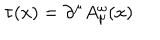
LaTeX: \tau ( x ) = \partial ^ { \mu } A _ { \mu } ^ { \omega } ( x )